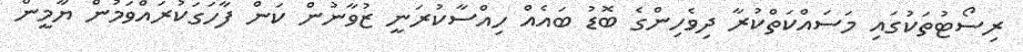
ރިސޯޓުތަކުގައި މަސައްކަތްކުރާ ދިވެހިންގެ ބޮޑު ބައެއް ހިއްސާކުރަނީ ޒުވާނުން ކަން ފާހަގަކުރައްވަމުން ޔާމީން